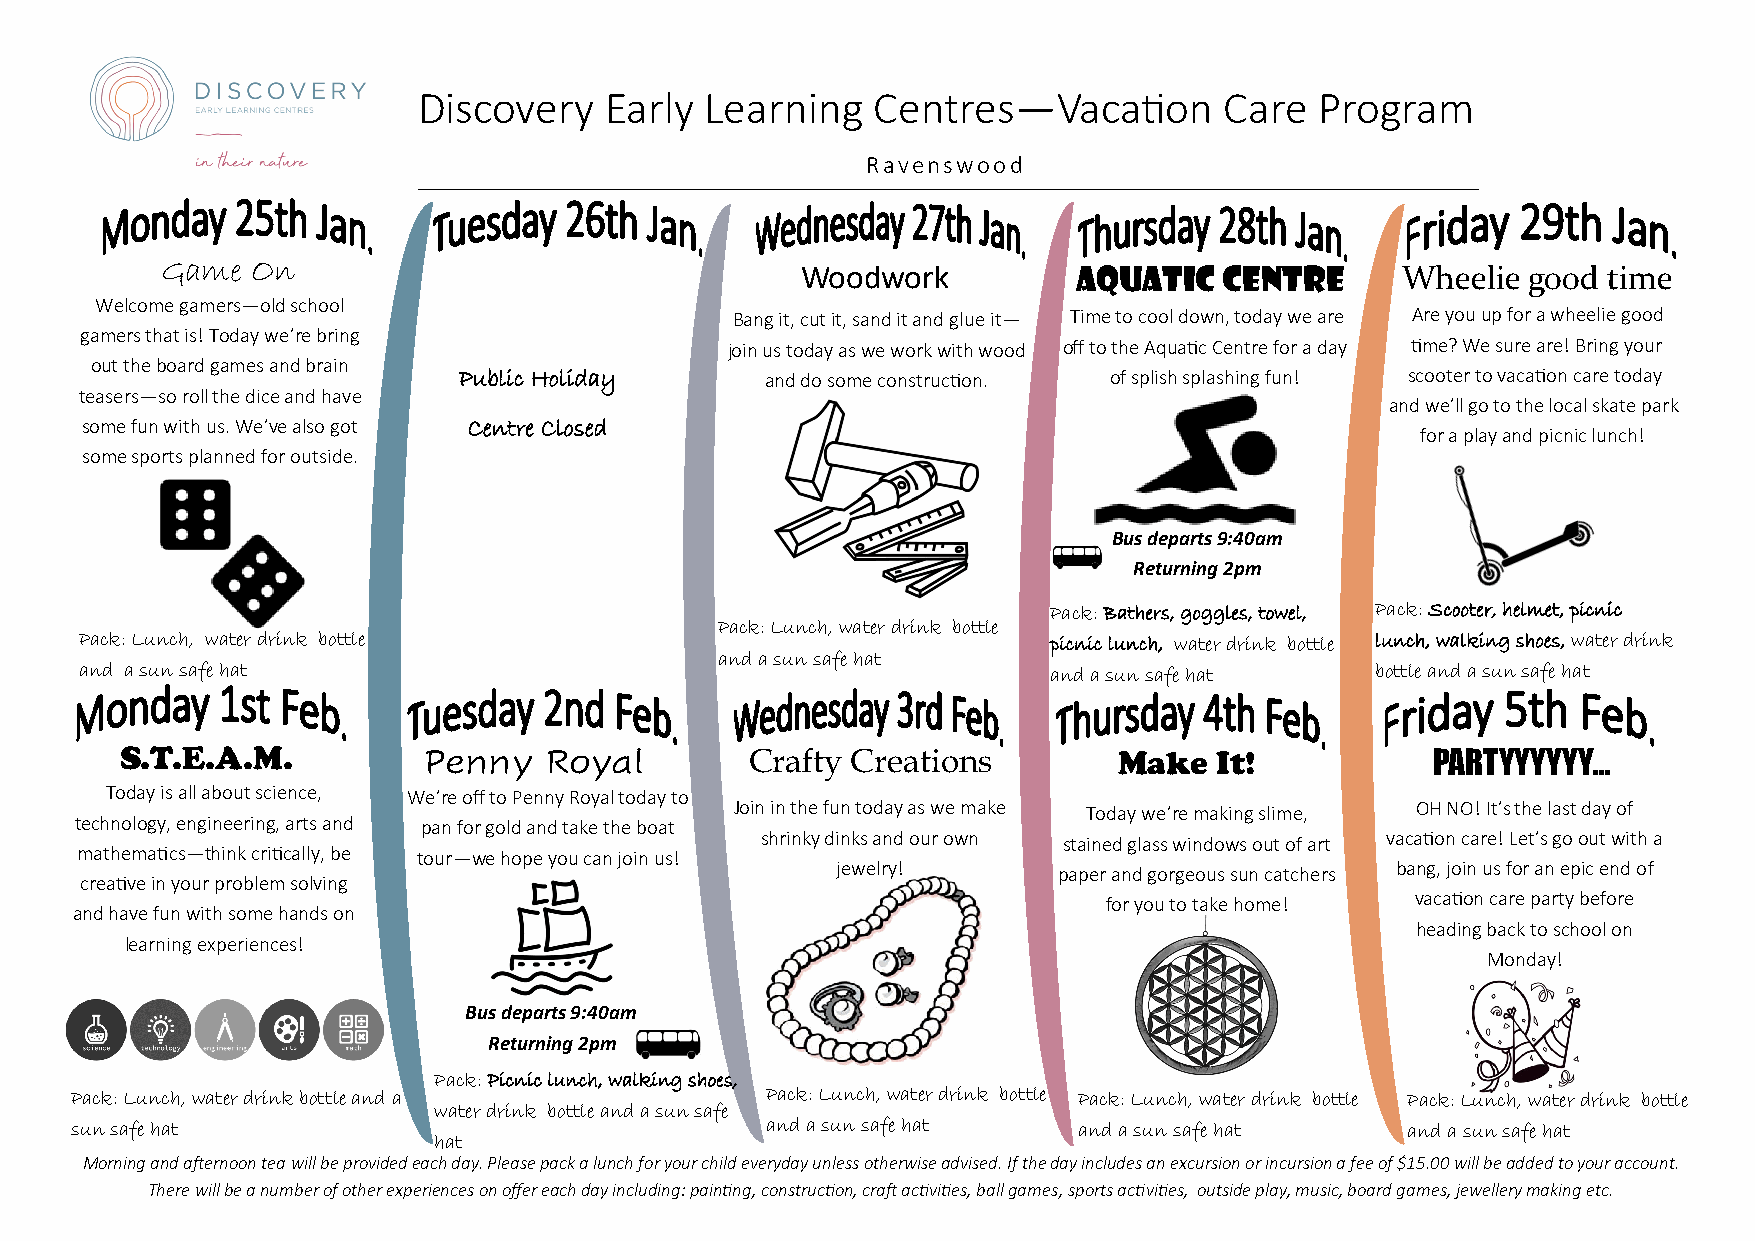
Discovery   Early  Learning   Centres—Vacation       Care  Program
 Ravenswood
 Game  On
 Woodwork          Aquatic   centre      Wheelie good time
 Welcome gamers—old school
 Bang it, cut it, sand it and glue it— Time to cool down, today we are Are you up for a wheelie good
 gamers that is! Today we’re bring
 join us today as we work with wood off to the Aquatic Centre for a day time? We sure are! Bring your
 out the board games and brain
 Public Holiday       and do some construction. of splish splashing fun! scooter to vacation care today
 teasers—so roll the dice and have
 and we’ll go to the local skate park
 some fun with us. We’ve also got Centre Closed
 for a play and picnic lunch!
 some sports planned for outside.
 Bus departs 9:40am
 Returning 2pm
 Pack: Bathers, goggles, towel, Pack: Scooter, helmet, picnic
 Pack: Lunch, water drink bottle
 Pack: Lunch, water drink bottle                                 picnic lunch, water drink bottle lunch, walking shoes, water drink
 and a sun safe hat
 and a sun safe hat                                              and a sun safe hat    bottle and a sun safe hat
 S.T.E.A.M.          Penny   Royal         Crafty Creations        Make  It!            PARTYYYYYY...
 Today is all about science, We’re off to Penny Royal today to
 Join in the fun today as we make Today we’re making slime, OH NO! It’s the last day of
 technology, engineering, arts and pan for gold and take the boat
 shrinky dinks and our own stained glass windows out of art vacation care! Let’s go out with a
 mathematics—think critically, be tour—we hope you can join us!
 jewelry!       paper and gorgeous sun catchers bang, join us for an epic end of
 creative in your problem solving
 for you to take home! vacation care party before
 and have fun with some hands on
 heading back to school on
 learning experiences!
 Monday!
 Bus departs 9:40am
 Returning 2pm
 Pack: Picnic lunch, walking shoes,
 Pack: Lunch, water drink bottle and a         Pack: Lunch, water drink bottle Pack: Lunch, water drink bottle Pack: Lunch, water drink bottle
 water drink bottle and a sun safe
 sun safe hat                                  and a sun safe hat  and a sun safe hat    and a sun safe hat
 hat
 Morning and afternoon tea will be provided each day. Please pack a lunch for your child everyday unless otherwise advised. If the day includes an excursion or incursion a fee of $15.00 will be added to your account.
 There will be a number of other experiences on offer each day including: painting, construction, craft activities, ball games, sports activities, outside play, music, board games, jewellery making etc.